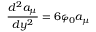
\frac { d ^ { 2 } a _ { \mu } } { d y ^ { 2 } } = 6 \varphi _ { 0 } a _ { \mu }